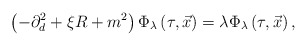
\begin{align*}\left(-\partial _{d}^{2}+\xi R+m^{2}\right)\Phi _{\lambda }\left(\tau ,\vec{x}\right)=\lambda \Phi _{\lambda }\left(\tau ,\vec{x}\right),\end{align*}